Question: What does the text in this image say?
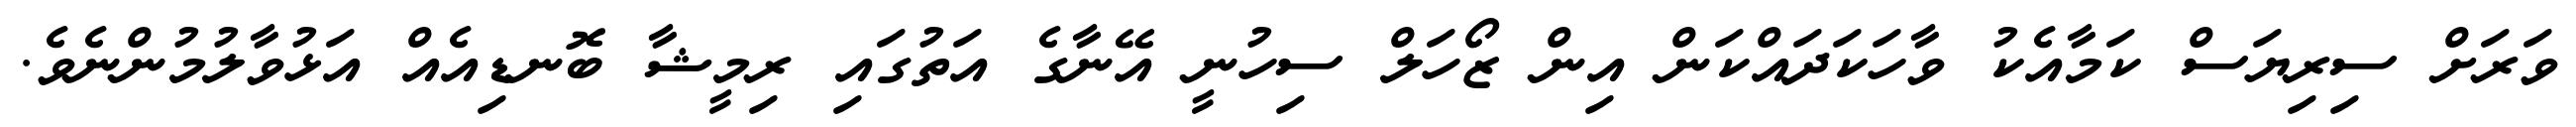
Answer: ވަރަށް ސިރިޔަސް ކަމާއެކު ވާހަކަދައްކަން އިން ޒޯހަލް ސިހުނީ އޭނާގެ އަތުގައި ރިމީޝާ ބޮނޑިއެއް އަޅުވާލުމުންނެވެ.